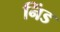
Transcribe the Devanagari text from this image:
निंड